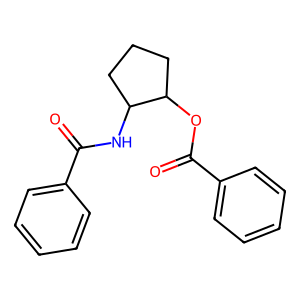
SMILES: O=C(NC1CCCC1OC(=O)c1ccccc1)c1ccccc1
Inhibits HIV replication: No